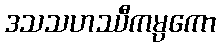
ဒသသဟဿီကမ္ပကော